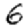
Digit: 6